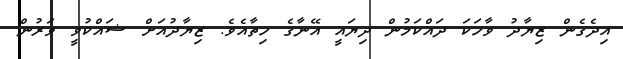
އިދެގެން ޒިޔާދު ވާހަކަ ދައްކަމުން ދިޔައީ އޭނާގެ ހިތާއެވެ. ޒިޔާދުއަށް ޝައްކުވީ ވަރުން